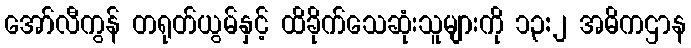
အော်လီကွန် တရုတ်ယွမ်နှင့် ထိခိုက်သေဆုံးသူများကို ၁၃:၂ အဓိကဌာန